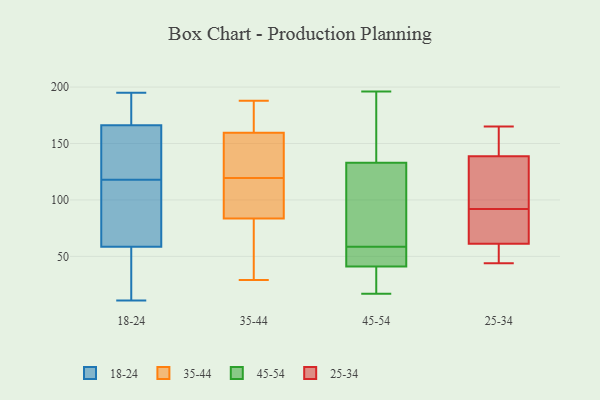
{"axis": {"x": "Customer Acquisition Cost (USD)", "y": "Value"}, "legend": ["18-24", "25-34", "35-44", "45-54"], "data": [{"x": "", "y": 185, "type": "18-24"}, {"x": "", "y": 167, "type": "18-24"}, {"x": "", "y": 164, "type": "18-24"}, {"x": "", "y": 11, "type": "18-24"}, {"x": "", "y": 21, "type": "18-24"}, {"x": "", "y": 195, "type": "18-24"}, {"x": "", "y": 118, "type": "18-24"}, {"x": "", "y": 56, "type": "18-24"}, {"x": "", "y": 129, "type": "18-24"}, {"x": "", "y": 66, "type": "18-24"}, {"x": "", "y": 129, "type": "18-24"}, {"x": "", "y": 132, "type": "18-24"}, {"x": "", "y": 37, "type": "18-24"}, {"x": "", "y": 55, "type": "18-24"}, {"x": "", "y": 178, "type": "18-24"}, {"x": "", "y": 111, "type": "18-24"}, {"x": "", "y": 170, "type": "18-24"}, {"x": "", "y": 92, "type": "18-24"}, {"x": "", "y": 75, "type": "18-24"}, {"x": "", "y": 188, "type": "35-44"}, {"x": "", "y": 113, "type": "35-44"}, {"x": "", "y": 29, "type": "35-44"}, {"x": "", "y": 88, "type": "35-44"}, {"x": "", "y": 89, "type": "35-44"}, {"x": "", "y": 175, "type": "35-44"}, {"x": "", "y": 58, "type": "35-44"}, {"x": "", "y": 141, "type": "35-44"}, {"x": "", "y": 177, "type": "35-44"}, {"x": "", "y": 144, "type": "35-44"}, {"x": "", "y": 126, "type": "35-44"}, {"x": "", "y": 79, "type": "35-44"}, {"x": "", "y": 180, "type": "45-54"}, {"x": "", "y": 86, "type": "45-54"}, {"x": "", "y": 161, "type": "45-54"}, {"x": "", "y": 17, "type": "45-54"}, {"x": "", "y": 54, "type": "45-54"}, {"x": "", "y": 81, "type": "45-54"}, {"x": "", "y": 133, "type": "45-54"}, {"x": "", "y": 196, "type": "45-54"}, {"x": "", "y": 54, "type": "45-54"}, {"x": "", "y": 41, "type": "45-54"}, {"x": "", "y": 41, "type": "45-54"}, {"x": "", "y": 63, "type": "45-54"}, {"x": "", "y": 19, "type": "45-54"}, {"x": "", "y": 43, "type": "45-54"}, {"x": "", "y": 101, "type": "25-34"}, {"x": "", "y": 102, "type": "25-34"}, {"x": "", "y": 75, "type": "25-34"}, {"x": "", "y": 58, "type": "25-34"}, {"x": "", "y": 55, "type": "25-34"}, {"x": "", "y": 159, "type": "25-34"}, {"x": "", "y": 71, "type": "25-34"}, {"x": "", "y": 44, "type": "25-34"}, {"x": "", "y": 165, "type": "25-34"}, {"x": "", "y": 92, "type": "25-34"}, {"x": "", "y": 151, "type": "25-34"}]}